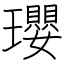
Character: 瓔